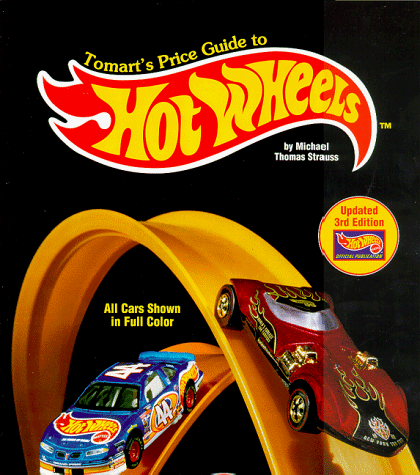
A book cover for Tomart's Price Guide to Hot Wheels Collectibles (Price Guide Series); Michael Thomas Strauss; Crafts, Hobbies & Home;